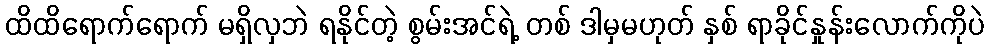
ထိထိရောက်ရောက် မရှိလှဘဲ ရနိုင်တဲ့ စွမ်းအင်ရဲ့ တစ် ဒါမှမဟုတ် နှစ် ရာခိုင်နှုန်းလောက်ကိုပဲ